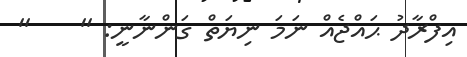
އިފްރާދު ޙައްޖެއް ނަމަ ނިޔަތް ގަންނާނީ: ''    ''